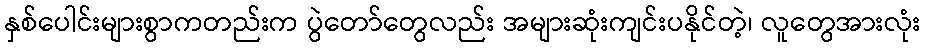
နှစ်ပေါင်းများစွာကတည်းက ပွဲတော်တွေလည်း အများဆုံးကျင်းပနိုင်တဲ့၊ လူတွေအားလုံး